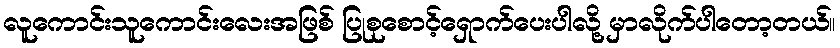
လူကောင်းသူကောင်းလေးအဖြစ် ပြုစုစောင့်ရှောက်ပေးပါလို့ မှာလိုက်ပါတော့တယ်။